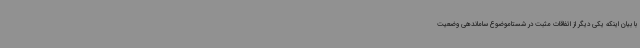
با بیان اینکه یکی دیگر از اتفاقات مثبت در شستاموضوع ساماندهی وضعیت